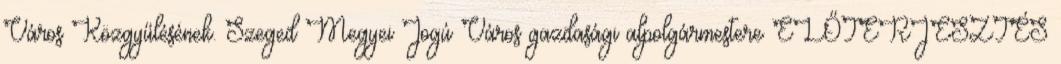
Város Közgyűlésének. Szeged Megyei Jogú Város gazdasági alpolgármestere ELŐTERJESZTÉS